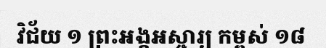
វិជ័យ ១ ព្រះអង្គអស្ចារ្យ កម្ពស់ ១៨